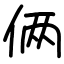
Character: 俩